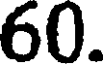
60.